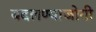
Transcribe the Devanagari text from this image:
बदलण्याजोगी